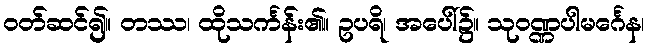
ဝတ်ဆင်၍။ တဿ၊ ထိုသင်္ကန်း၏။ ဥပရိ၊ အပေါ်၌။ သုဝဏ္ဏပါမင်္ဂေန၊